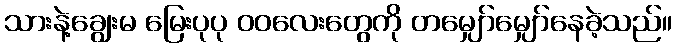
သားနဲ့ချွေးမ မြေးပုပု ဝဝလေးတွေကို တမျှော်မျှော်နေခဲ့သည်။